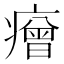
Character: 𤺧